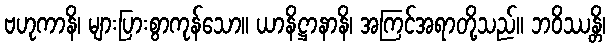
ဗဟုကာနိ၊ များပြားစွာကုန်သော။ ယာနိဋ္ဌာနာနိ၊ အကြင်အရာတို့သည်။ ဘဝိဿန္တိ၊